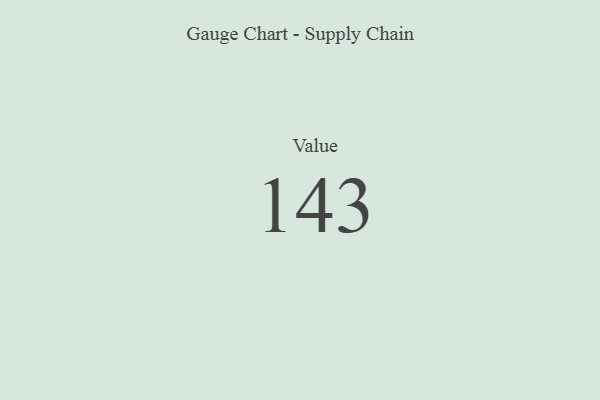
{"axis": {"x": "Metric", "y": "Value"}, "legend": [""], "data": [{"x": "Value", "y": 143, "type": ""}]}